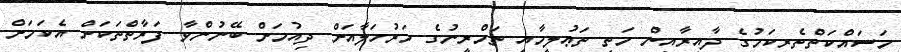
މަސައްކަތްތެރިކަމުގެ ދާއިރާއިން މަތީ ތަޢުލީމާއި ތަމްރީނުގެ މަރުހަލާއަށް ދިއުމަށް ބޭނުންވާ ފަރާތްތަކަށް އެކަމަށް